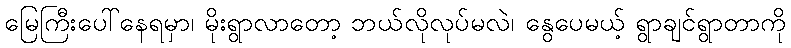
မြေကြီးပေါ်နေရမှာ၊ မိုးရွာလာတော့ ဘယ်လိုလုပ်မလဲ၊ နွေပေမယ့် ရွာချင်ရွာတာကို